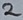
Text: 2